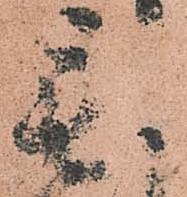
毛